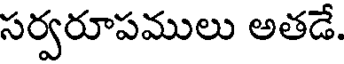
సర్వరూపములు అతడే.